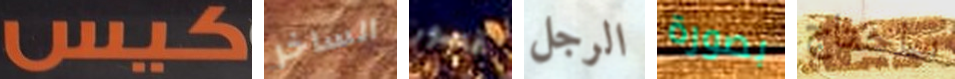
كيس الساخر قصور الرجل بصورة ساحتاج